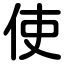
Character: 使